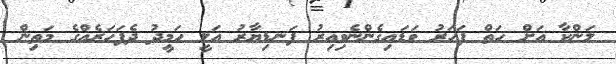
ލަންކާ އަށް ހަތް ފަހަރު ވަޑައިގެންނެވިއިރު ފަނޑިޔާރު އަލީ ހަމީދު ދެފަހަރެއްގެ މަތިން